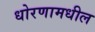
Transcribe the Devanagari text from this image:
धोरणामधील